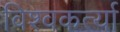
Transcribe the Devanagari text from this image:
विश्वकर्त्या